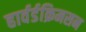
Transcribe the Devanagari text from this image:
हार्वर्डक्रिमसन